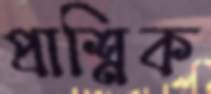
প্রাশ্নিক